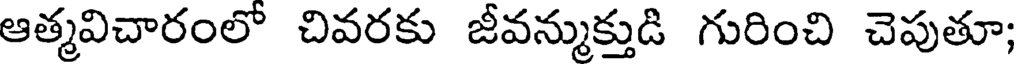
ఆత్మవిచారంలో చివరకు జీవన్ముక్తుడి గురించి చెపుతూ;